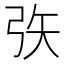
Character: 矤